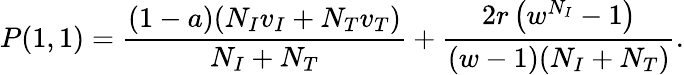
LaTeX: P(1,1)=\frac{(1-a)(N_{I}v_{I}+N_{T}v_{T})}{N_{I}+N_{T}}+\frac{2r\left(w^{N_{I}}-1\right)}{(w-1)(N_{I}+N_{T})}.